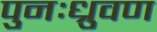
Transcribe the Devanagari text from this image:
पुनःध्रुवण